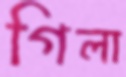
গিলা